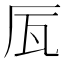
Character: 𠩅